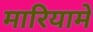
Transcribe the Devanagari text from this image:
मारियामे